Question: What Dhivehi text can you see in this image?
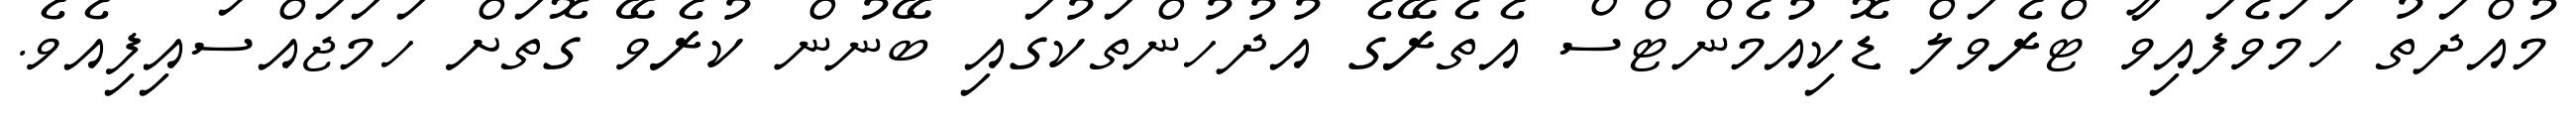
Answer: މުއްދަތު ހަމަވެފައިވާ ޓްރެވަލް ޑޮކިއުމެންޓްސް އެތެރޭގެ އުދުހުންތަކުގައި ބޭނުން ކުރެވޭ ގޮތަށް ހަމަޖައްސައިފިއެވެ.